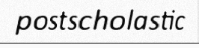
postscholastic